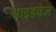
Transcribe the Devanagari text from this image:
साइडवेज